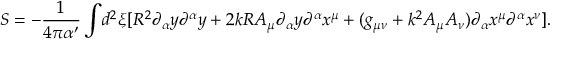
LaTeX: S = - \frac { 1 } { 4 \pi \alpha ^ { \prime } } \int \! { { d ^ { 2 } } \xi } [ { R ^ { 2 } } { \partial _ { \alpha } } { y } { \partial ^ { \alpha } } { y } + 2 k R { A _ { \mu } } { \partial _ { \alpha } } { y } { \partial ^ { \alpha } } { x ^ { \mu } } + ( g _ { \mu \nu } + { k ^ { 2 } } { A _ { \mu } } { A _ { \nu } } ) { \partial _ { \alpha } } { x ^ { \mu } } { \partial ^ { \alpha } } { x ^ { \nu } } ] .